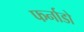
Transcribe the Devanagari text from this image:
फर्नाडो